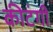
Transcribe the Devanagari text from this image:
कीटंगी